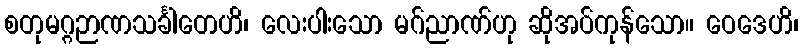
စတုမဂ္ဂဉာဏသင်္ခါတေဟိ၊ လေးပါးသော မဂ်ညာဏ်ဟု ဆိုအပ်ကုန်သော။ ဝေဒေဟိ၊